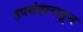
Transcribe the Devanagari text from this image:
उपसंहारातून